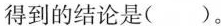
得到的结论是( )。